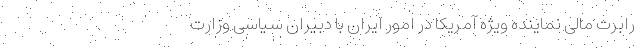
رابرت مالی نماینده ویژه آمریکا در امور ایران با دبیران سیاسی وزارت